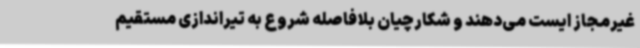
غیرمجاز ایست می‌دهند و شکارچیان بلافاصله شروع به تیراندازی مستقیم